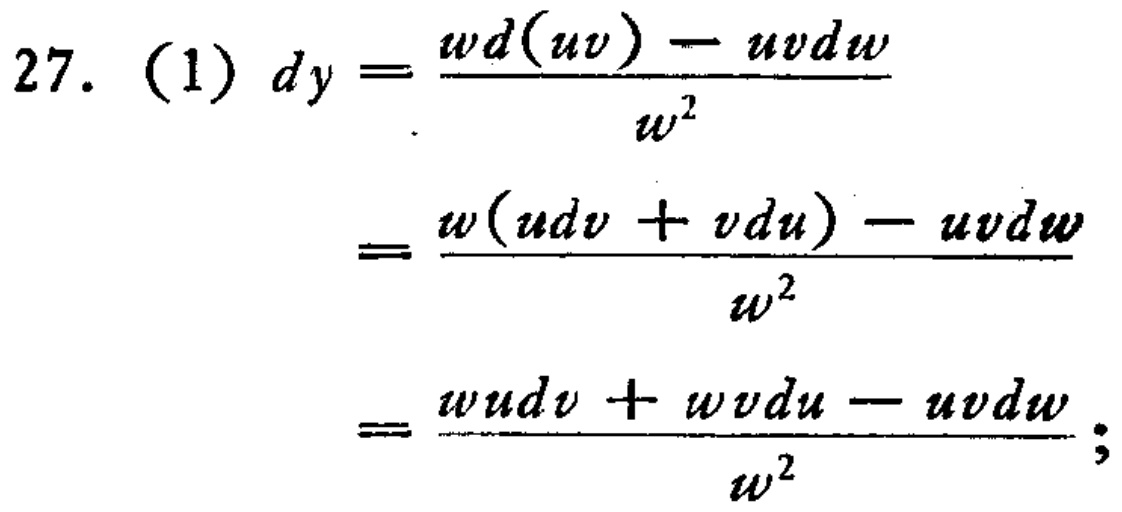
\[
\begin{align*}
27.\ (1)\ dy&=\frac{wd(uv)-uvdw}{w^{2}}\\
&=\frac{w(udv + vdu)-uvdw}{w^{2}}\\
&=\frac{wudv + wvdu - uvdw}{w^{2}};
\end{align*}
\]